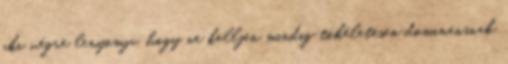
aki végre lenyomja, hogy ne kelljen mindig tökéletesen dominánsnak